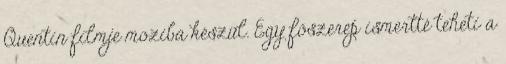
Quentin filmje moziba készül. Egy főszerep ismertté teheti a